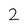
Character: 2